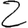
Digit: 2